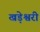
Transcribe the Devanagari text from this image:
खड़ेश्वरी